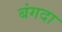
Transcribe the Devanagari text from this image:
बंगदा